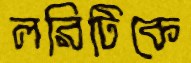
লরিটিকে